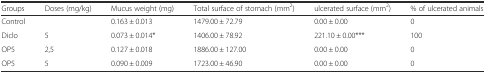
<table><thead><tr><td><b>Groups</b></td><td><b>Doses (mg/kg)</b></td><td><b>Mucus weight (mg)</b></td><td><b>Total surface of stomach (mm<sup>2</sup>)</b></td><td><b>ulcerated surface (mm<sup>2</sup>)</b></td><td><b>% of ulcerated animals</b></td></tr></thead><tbody><tr><td>Control</td><td></td><td>0.163 ± 0.013</td><td>1479.00 ± 72.79</td><td>0.00 ± 0.00</td><td>0</td></tr><tr><td>Diclo</td><td>5</td><td>0.073 ± 0.014*</td><td>1406.00 ± 78.92</td><td>221.10 ± 0.00***</td><td>100</td></tr><tr><td>OP5</td><td>2,5</td><td>0.127 ± 0.018</td><td>1886.00 ± 127.00</td><td>0.00 ± 0.00</td><td>0</td></tr><tr><td>OP5</td><td>5</td><td>0.090 ± 0.009</td><td>1723.00 ± 46.90</td><td>0.00 ± 0.00</td><td>0</td></tr></tbody></table>